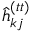
\hat { h } _ { k j } ^ { ( t t ) }